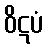
ဝိဋပံ